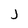
Character: j